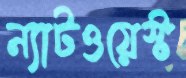
ন্যাটওয়েস্ট